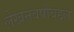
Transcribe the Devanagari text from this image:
लेखनवर्षांबद्दल